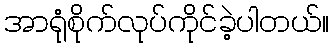
အာရုံစိုက်လုပ်ကိုင်ခဲ့ပါတယ်။